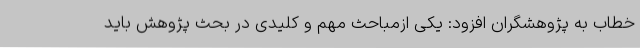
خطاب به پژوهشگران افزود: یکی ازمباحث مهم و کلیدی در بحث پژوهش باید